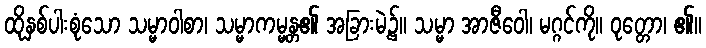
ထိုနှစ်ပါးစုံသော သမ္မာဝါစာ၊ သမ္မာကမ္မန္တ၏ အခြားမဲ့၌။ သမ္မာ အာဇီဝေါ၊ မဂ္ဂင်ကို။ ဝုတ္တော၊ ၏။